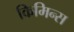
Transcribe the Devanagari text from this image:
किमिन्स